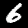
Digit: 6